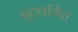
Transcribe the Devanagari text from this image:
बुद्धमित्त